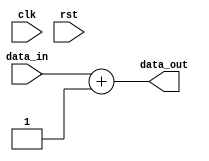
module example_module (
    input wire clk,
    input wire rst,
    input wire [3:0] data_in,
    output wire [3:0] data_out
);
    // Simple logic for demonstration
    assign data_out = data_in + 1; // Increment input data
endmodule